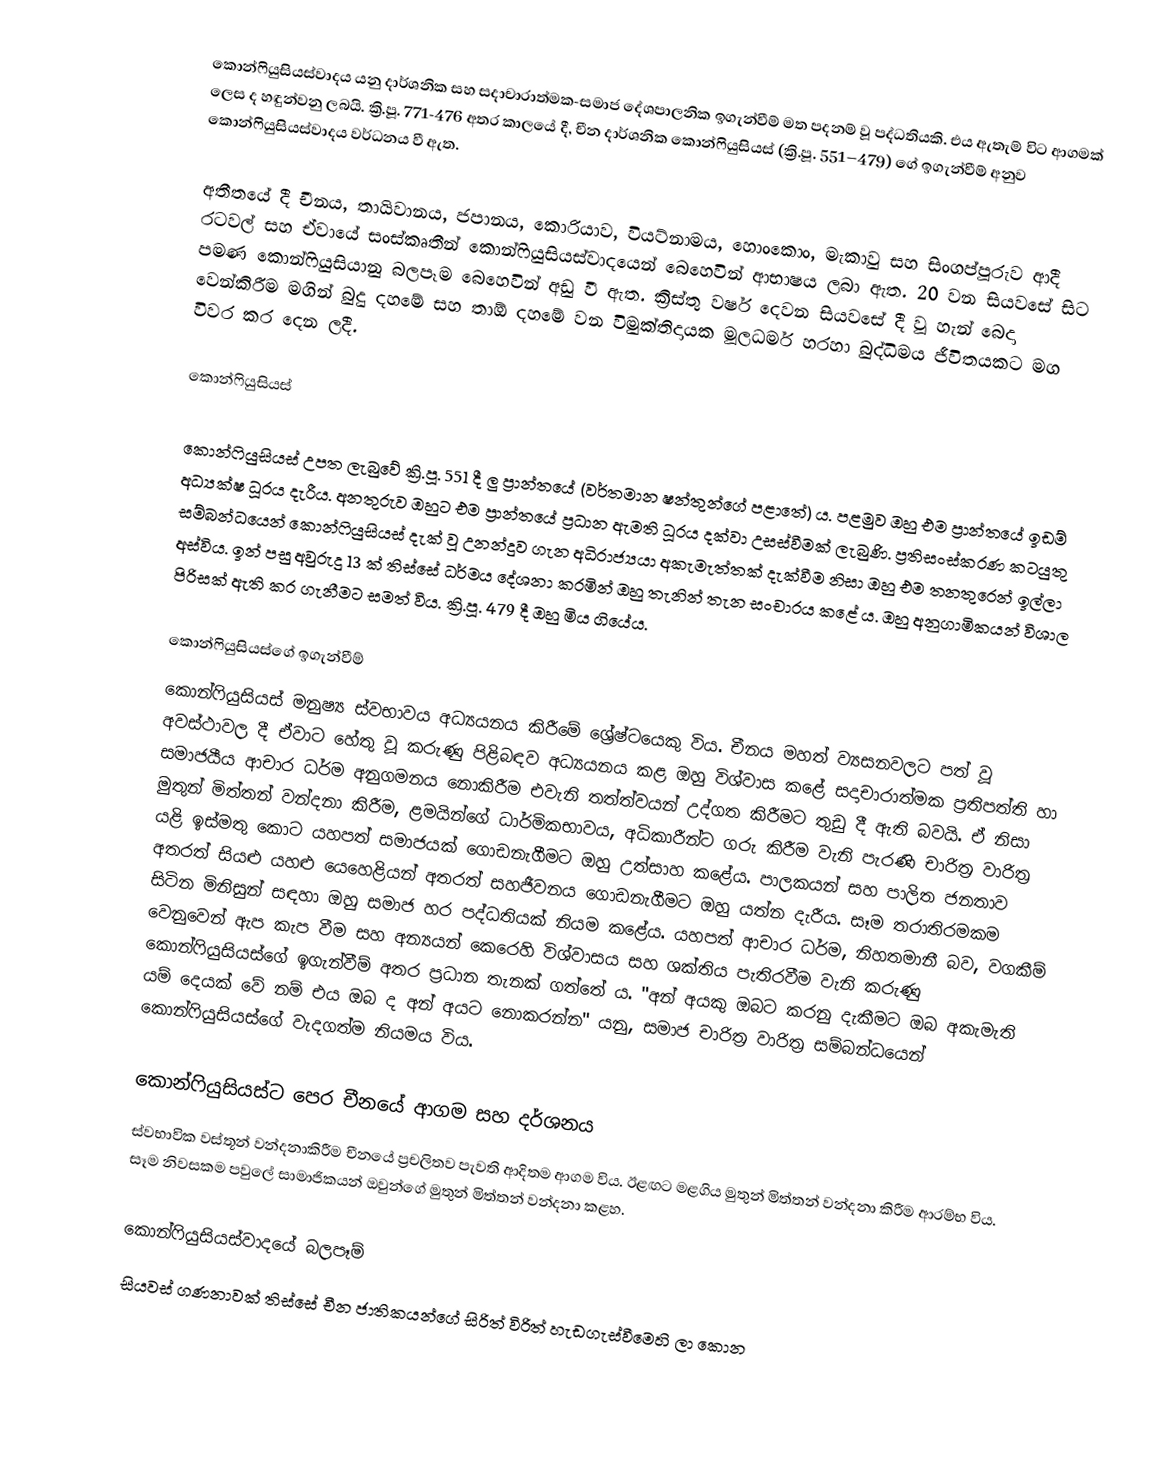
කොන්ෆියුසියස්වාදය යනු දාර්ශනික සහ සදාචාරාත්මක-සමාජ දේශපාලනික ඉගැන්වීම් මත පදනම් වූ පද්ධතියකි. එය ඇතැම් විට ආගමක් ලෙස ද හඳුන්වනු ලබයි. ක්‍රි.පූ. 771-476 අතර කාලයේ දී, චීන දාර්ශනික කොන්ෆියුසියස් (ක්‍රි.පූ. 551–479) ගේ ඉගැන්වීම් අනුව කොන්ෆියුසියස්වාදය වර්ධනය වී ඇත.

අතීතයේ දී චීනය, තායිවානය, ජපානය, කොරියාව, වියට්නාමය, හොංකොං, මැකාවු සහ සිංගප්පූරුව ආදී රටවල් සහ ඒවායේ සංස්කෘතීන් කොන්ෆියුසියස්වාදයෙන් බෙහෙවින් ආභාෂය ලබා ඇත. 20 වන සියවසේ සිට පමණ කොන්ෆියුසියානු බලපෑම බෙහෙවින් අඩු වී ඇත. ක්‍රිස්තු වර්ෂ දෙවන සියවසේ දී වූ හැන් බෙදා වෙන්කිරීම මගින් බුදු දහමේ සහ තාඕ දහමේ වන විමුක්තිදායක මූලධර්ම හරහා බුද්ධිමය ජීවිතයකට මග විවර කර දෙන ලදී.

කොන්ෆියුසියස්

කොන්ෆියුසියස් උපත ලැබුවේ ක්‍රි.පූ. 551 දී ලු ප්‍රාන්තයේ (වර්තමාන ෂන්තුන්ගේ පළාතේ) ය. පළමුව ඔහු එම ප්‍රාන්තයේ ඉඩම් අධ්‍යක්ෂ ධූරය දැරීය. අනතුරුව ඔහුට එම ප්‍රාන්තයේ ප්‍රධාන ඇමති ධූරය දක්වා උසස්වීමක් ලැබුණි. ප්‍රතිසංස්කරණ කටයුතු සම්බන්ධයෙන් කොන්ෆියුසියස් දැක් වූ උනන්දුව ගැන අධිරාජ්‍යයා අකැමැත්තක් දැක්වීම නිසා ඔහු එම තනතුරෙන් ඉල්ලා අස්විය. ඉන් පසු අවුරුදු 13 ක් තිස්සේ ධර්මය දේශනා කරමින් ඔහු තැනින් තැන සංචාරය කළේ ය. ඔහු අනුගාමිකයන් විශාල පිරිසක් ඇති කර ගැනීමට සමත් විය. ක්‍රි.පූ. 479 දී ඔහු මිය ගියේය.

කොන්ෆියුසියස්ගේ ඉගැන්වීම්
කොන්ෆියුසියස් මනුෂ්‍ය ස්වභාවය අධ්‍යයනය කිරීමේ ශ්‍රේෂ්ටයෙකු විය. චීනය මහත් ව්‍යසනවලට පත් වූ අවස්ථාවල දී ඒවාට හේතු වූ කරුණු පිළිබඳව අධ්‍යයනය කළ ඔහු විශ්වාස කළේ සදාචාරාත්මක ප්‍රතිපත්ති හා සමාජයීය ආචාර ධර්ම අනුගමනය නොකිරීම එවැනි තත්ත්වයන් උද්ගත කිරීමට තුඩු දී ඇති බවයි. ඒ නිසා මුතුන් මිත්තන් වන්දනා කිරීම, ළමයින්ගේ ධාර්මිකභාවය, අධිකාරීන්ට ගරු කිරීම වැනි පැරණි චාරිත්‍ර වාරිත්‍ර යළි ඉස්මතු කොට යහපත් සමාජයක් ගොඩනැගීමට ඔහු උත්සාහ කළේය. පාලකයන් සහ පාලිත ජනතාව අතරත් සියළු යහළු යෙහෙළියන් අතරත් සහජීවනය ගොඩනැගීමට ඔහු යත්න දැරීය. සෑම තරාතිරමකම සිටින මිනිසුන් සඳහා ඔහු සමාජ හර පද්ධතියක් නියම කළේය. යහපත් ආචාර ධර්ම, නිහතමානී බව, වගකීම් වෙනුවෙන් ඇප කැප වීම සහ අන්‍යයන් කෙරෙහි විශ්වාසය සහ ශක්තිය පැතිරවීම වැනි කරුණු කොන්ෆියුසියස්ගේ ඉගැන්වීම් අතර ප්‍රධාන තැනක් ගත්තේ ය. "අන් අයකු ඔබට කරනු දැකීමට ඔබ අකැමැති යම් දෙයක් වේ නම් එය ඔබ ද අන් අයට නොකරන්න" යනු, සමාජ චාරිත්‍ර වාරිත්‍ර සම්බන්ධයෙන් කොන්ෆියුසියස්ගේ වැදගත්ම නියමය විය.

කොන්ෆියුසියස්ට පෙර චීනයේ ආගම සහ දර්ශනය
ස්වභාවික වස්තූන් වන්දනාකිරීම චීනයේ ප්‍රචලිතව පැවති ආදිතම ආගම විය. ඊළඟට මළගිය මුතුන් මිත්තන් වන්දනා කිරීම ආරම්භ විය. සෑම නිවසකම පවුලේ සාමාජිකයන් ඔවුන්ගේ මුතුන් මිත්තන් වන්දනා කළහ.

කොන්ෆියුසියස්වාදයේ බලපෑම්
සියවස් ගණනාවක් තිස්සේ චීන ජාතිකයන්ගේ සිරිත් විරිත් හැඩගැස්වීමෙහි ලා කොන